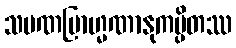
သမဏဗြာဟ္မဏာနုကမ္ပိတဿ